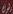
دهوك